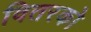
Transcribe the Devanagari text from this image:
वितरको